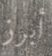
أبرز